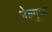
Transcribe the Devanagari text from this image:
नेल्गुप्प